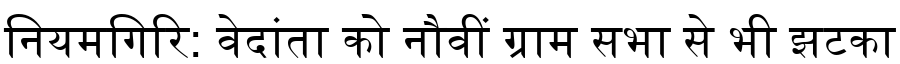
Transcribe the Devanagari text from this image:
नियमगिरि: वेदांता को नौवीं ग्राम सभा से भी झटका